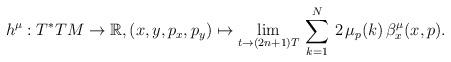
LaTeX: \begin{align*} h^\mu:T^*TM\to \mathbb{R},(x,y,p_x,p_y)\mapsto \lim_{t\to (2n+1)T}\, \sum^N_{k=1}\, 2\,\mu_p(k)\,\beta^\mu_x(x,p). \end{align*}